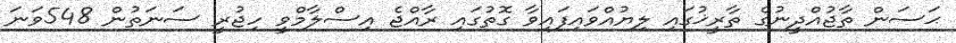
ޙަސަން ތާޖުއްދީނުގެ ތާރީޚުގައި ލިޔުއްވައިފައިވާ ގޮތުގައި ރާއްޖެ އިސްލާމްވީ ހިޖުރީ ސަނަތުން 548ވަނަ